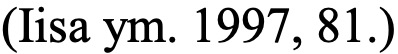
(Iisa ym. 1997, 81.)